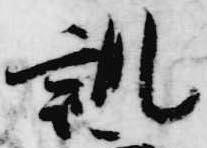
訓